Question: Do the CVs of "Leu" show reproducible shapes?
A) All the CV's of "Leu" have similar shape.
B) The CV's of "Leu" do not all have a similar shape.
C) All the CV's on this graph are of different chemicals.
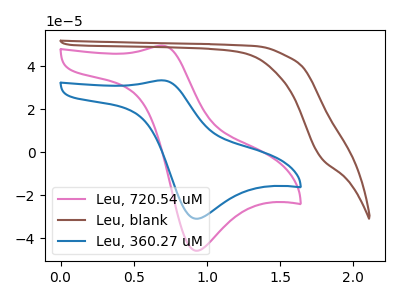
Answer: <think>The pink curve "Leu, 720.54 uM" has an anodic peak at (0.70V, 49.60uA) and a cathodic peak at (0.95V, -45.85uA). The brown curve "Leu, blank" has no peaks. The blue curve "Leu, 360.27 uM" has an anodic peak at (0.70V, 33.45uA) and a cathodic peak at (0.95V, -30.95uA).
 "Leu, 720.54 uM" and "Leu, blank" have a different number of peaks. All the peaks in "Leu, 720.54 uM" have a peak in "Leu, 360.27 uM" at the same potential. Every peak in "Leu, 720.54 uM" is higher than every peak in "Leu, 360.27 uM". "Leu, blank" and "Leu, 360.27 uM" have a different number of peaks.</think>
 <answer>A) All the CV's of "Leu" have similar shape.</answer>
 <eval>A</eval>